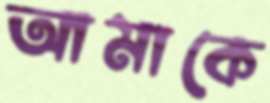
আমাকে